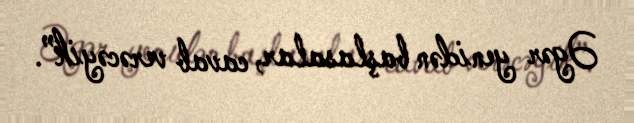
Əgər yenidən başlasalar, cavab verəcəyik”.